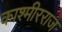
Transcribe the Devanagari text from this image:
काश्मीरराज